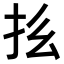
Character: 𪭞